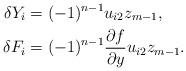
LaTeX: \begin{align*}\delta Y_{i} &= (-1)^{n-1}u_{i2}z_{m-1} ,\\\delta F_{i} &= (-1)^{n-1}\frac{\partial f}{\partial y}u_{i2}z_{m-1} .\end{align*}